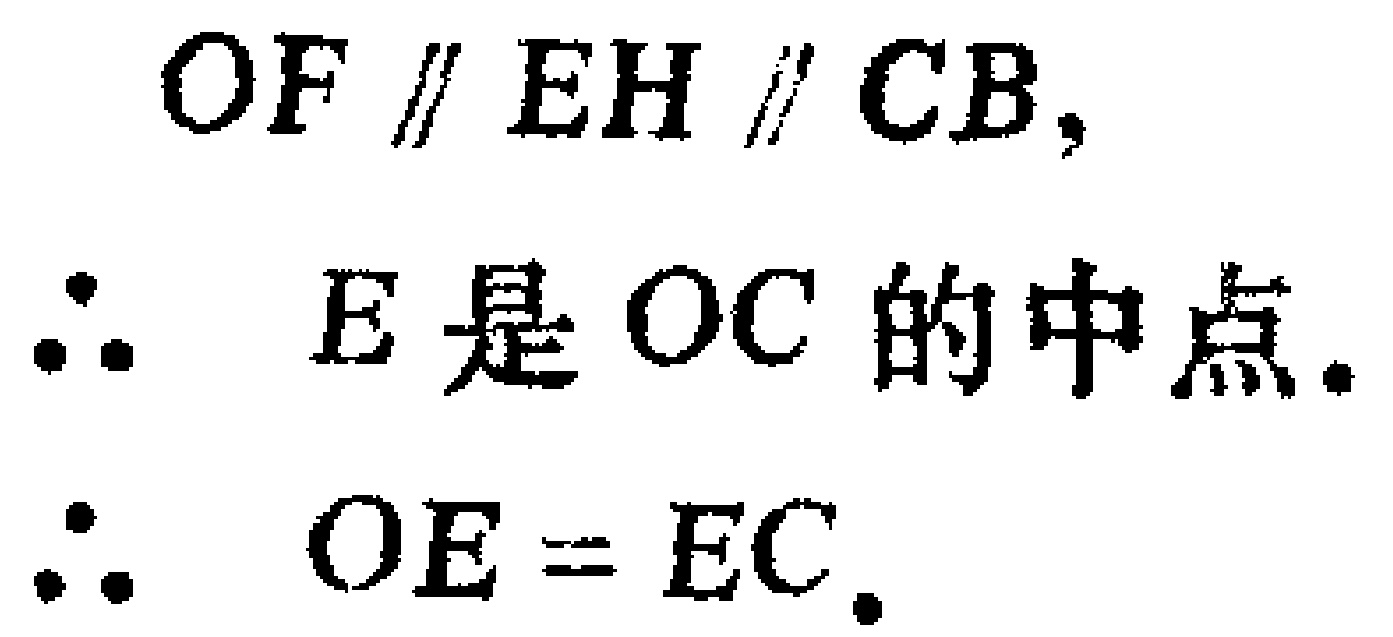
\[
\begin{align*}
&OF\parallel EH\parallel CB,\\
&\therefore\ E\text{是 }OC\text{ 的中点}.\\
&\therefore\ OE = EC.
\end{align*}
\]